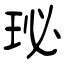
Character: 珌